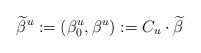
LaTeX: \begin{align*}\widetilde{\beta}^u := (\beta^u_0,\beta^u) := C_u \cdot \widetilde{\beta}\end{align*}